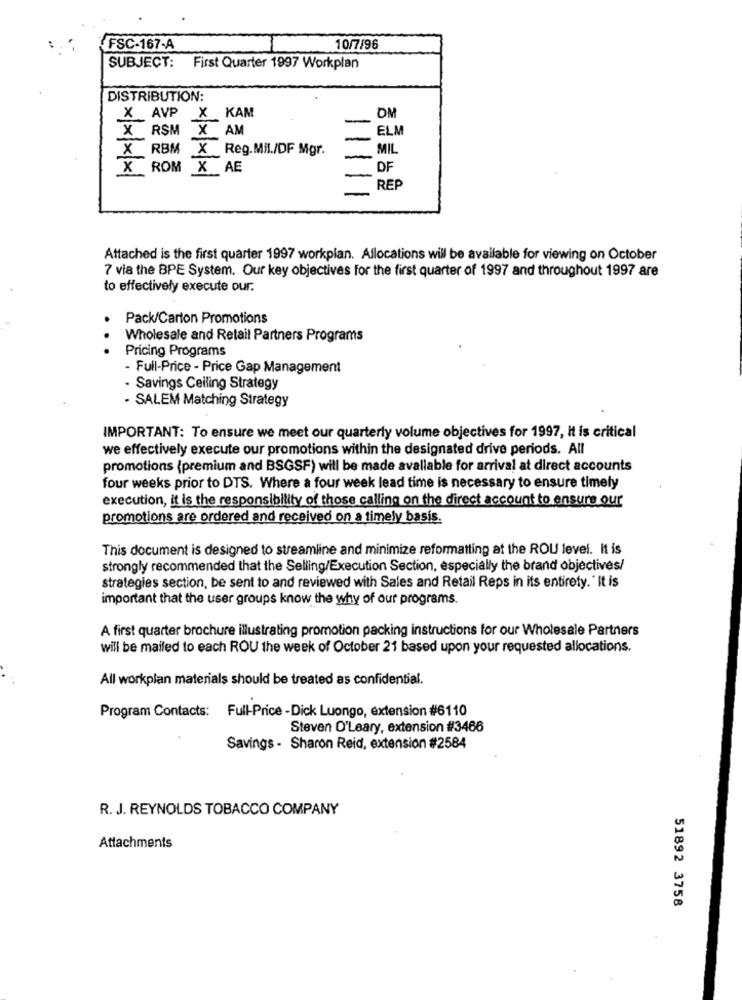
FSC-167-A
10/7/96
SUBJECT: First Quarter 1997 Workplan
DISTRIBUTION:
X AVP X KAM
OM
X RSM X AM
ELM
X RBM X Reg.Mil./DF Mgr.
11
MIL
X ROM X AE
xxxx
DF
REP
1
Attached is the first quarter 1997 workplan. Allocations will be available for viewing on October
7 via the BPE System. Our key objectives for the first quarter of 1997 and throughout 1997 are
to effectively execute our.
Pack/Carton Promotions
Wholesale and Retail Partners Programs
.
Pricing Programs
- Full-Price - Price Gap Management
- Savings Ceiling Strategy
- SALEM Matching Strategy
IMPORTANT: To ensure we meet our quarterly volume objectives for 1997, It is critical
we effectively execute our promotions within the designated drive periods. All
promotions (premium and BSGSF) will be made avallable for arrival at direct accounts
four weeks prior to DTS. Where a four week lead time is necessary to ensure timely
execution, it is the responsibility of those calling on the direct account to ensure our
promotions are ordered and received on a timely basis.
This document is designed to streamline and minimize reformatting at the ROU level. It is
strongly recommended that the Selling/Execution Section, especially the brand objectives/
strategies section, be sent to and reviewed with Sales and Retail Reps in its entirety. " It is
important that the user groups know the why of our programs.
A first quarter brochure illustrating promotion packing instructions for our Wholesale Partners
will be mailed to each ROU the week of October 21 based upon your requested allocations.
All workplan materials should be treated as confidential.
Program Contacts: Full-Price -Dick Luongo, extension #6110
Steven O'Leary, extension #3466
Savings - Sharon Reid, extension #2584
R. J. REYNOLDS TOBACCO COMPANY
Attachments
51892 3758